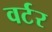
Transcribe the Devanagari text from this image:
वर्टर